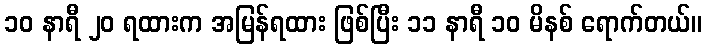
၁၀ နာရီ ၂၀ ရထားက အမြန်ရထား ဖြစ်ပြီး ၁၁ နာရီ ၁၀ မိနစ် ရောက်တယ်။